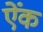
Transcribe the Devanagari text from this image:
ऐंक